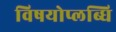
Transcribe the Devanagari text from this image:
विषयोप्लब्धि